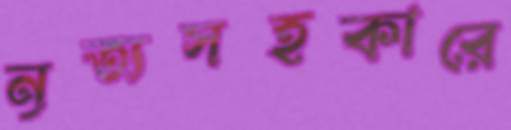
নৃত্যসহকারে